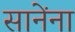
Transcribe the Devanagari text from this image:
सानेंना